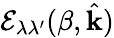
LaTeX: \mathcal{E}_{\lambda\lambda^{\prime}}(\beta,\hat{\mathbf{k}})